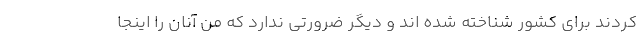
کردند برای کشور شناخته شده اند و دیگر ضرورتی ندارد که من آنان را اینجا